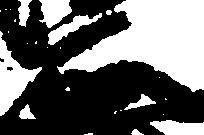
正